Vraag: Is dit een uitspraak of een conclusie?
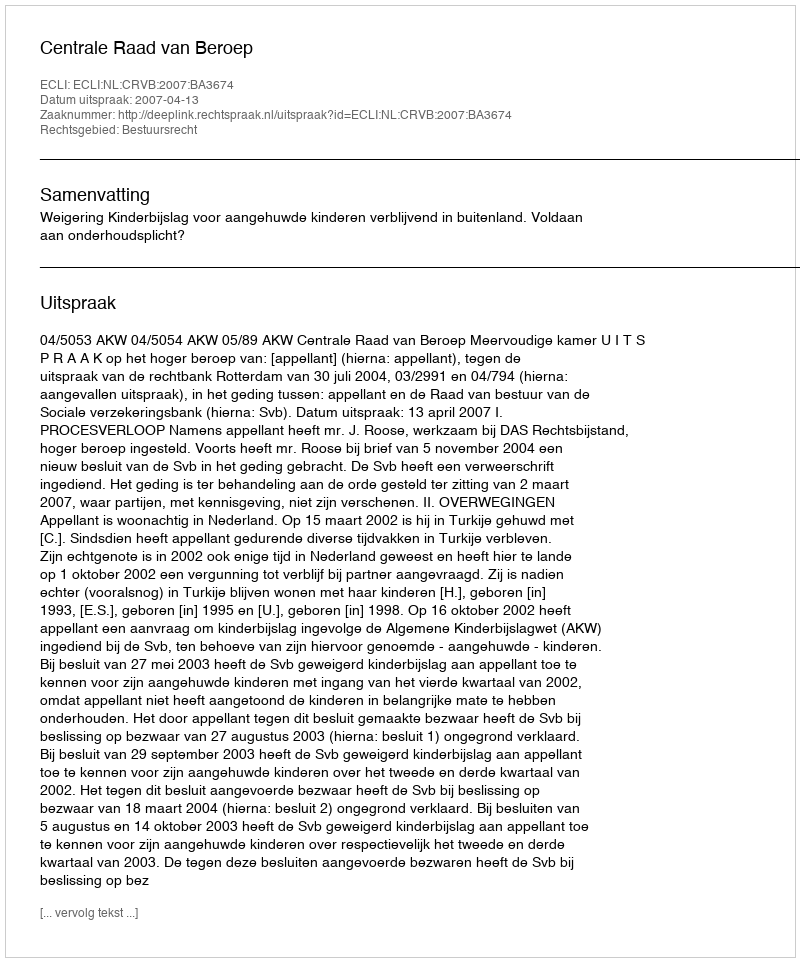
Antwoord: Uitspraak